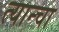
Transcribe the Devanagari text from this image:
त्यान्चा